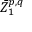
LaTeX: { \bar { Z } } _ { 1 } ^ { p , q }